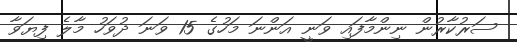
ސަރުކާރުން ނިންމާފައި ވަނީ އަންނަ މަހުގެ 15 ވަނަ ދުވަހު މާލެ ފިޔަވާ